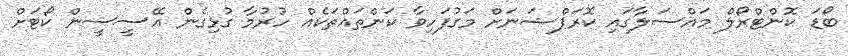
ބޯޑަ ކޮންޓްރޯލް މައްސަލާގައި ކޮރަޕްޝަނަށް މަގުފަހިވާ ކަންތައްތަކެއް ހުރުމާ ގުޅިގެން އޭސީސީން ކޯޓަށް